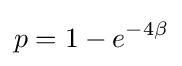
p=1-e^{-4\beta }